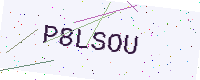
Text: P8LSOU